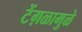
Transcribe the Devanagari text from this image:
टेंग़ळामुळे